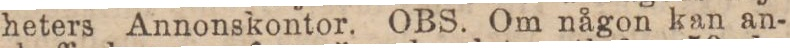
heters Annonskontor. OBS. Om någon kan an-